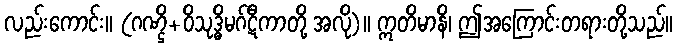
လည်းကောင်း။ (ဂဏ္ဌိ+ဝိသုဒ္ဓိမဂ်ဋီကာတို့ အလို)။ ဣတိမာနိ၊ ဤအကြောင်းတရားတို့သည်။